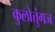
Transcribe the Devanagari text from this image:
कुलोत्तुंगज